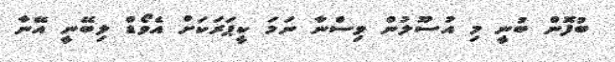
ބުފޮން ބުނީ މި އުސޫލުން ވިސްނާ ނަމަ ކީޕަރަކަށް އެވޯޑް ލިބޭނީ އޭނާ